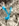
لا